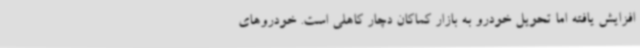
افزایش یافته اما تحویل خودرو به بازار کماکان دچار کاهلی است. خودروهای